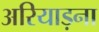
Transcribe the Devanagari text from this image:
अरियाड़ना